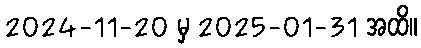
2024-11-20 မှ 2025-01-31 အထိ။